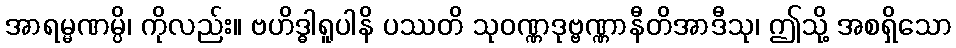
အာရမ္မဏမ္ပိ၊ ကိုလည်း။ ဗဟိဒ္ဓါရူပါနိ ပဿတိ သုဝဏ္ဏဒုဗ္ဗဏ္ဏာနီတိအာဒီသု၊ ဤသို့ အစရှိသော